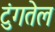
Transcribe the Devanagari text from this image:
टुंगतेल